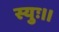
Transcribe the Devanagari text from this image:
स्युः।।